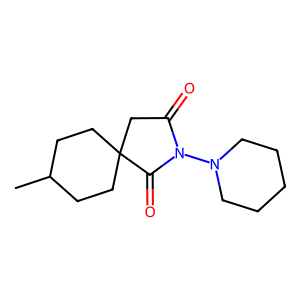
SMILES: CC1CCC2(CC1)CC(=O)N(N1CCCCC1)C2=O
Inhibits HIV replication: No